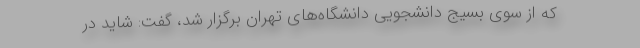
که از سوی بسیج دانشجویی دانشگاه‌های تهران برگزار شد، گفت: شاید در